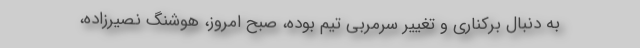
به دنبال برکناری و تغییر سرمربی تیم بوده، صبح امروز، هوشنگ نصیرزاده،